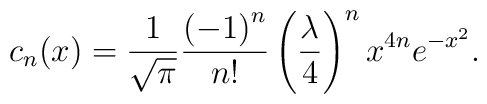
c_n  (x)  =  {1 \over \sqrt{\pi}} {\left( -1 \right)^n \over n!}   \left( {\lambda \over 4} \right)^n   x^{4n}  e^{- x^2 }.